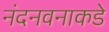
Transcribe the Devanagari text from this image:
नंदनवनाकडे